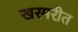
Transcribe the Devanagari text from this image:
खरमरीत